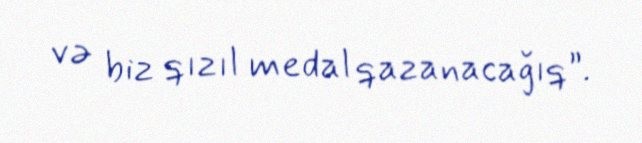
və biz qızıl medal qazanacağıq”.